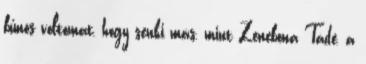
bűnös voltomat, hogy senki más, mint Zenebona Tádé, a